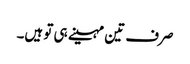
صرف تین مہینے ہی تو ہیں۔